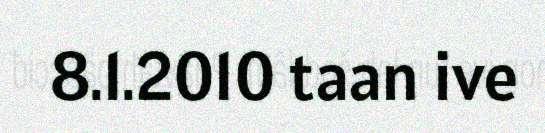
8.1.2010 taan ive